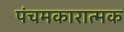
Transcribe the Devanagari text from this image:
पंचमकारात्मक